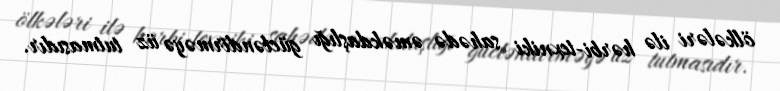
ölkələri ilə hərbi-texniki sahədə əməkdaşlığı gücləndirməyə üz tutmasıdır.